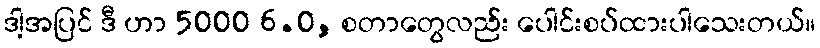
ဒါ့အပြင် ဒီ ဟာ 5000 6.0, စတာတွေလည်း ပေါင်းစပ်ထားပါသေးတယ်။